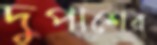
দুপাশের